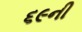
૬૯ની